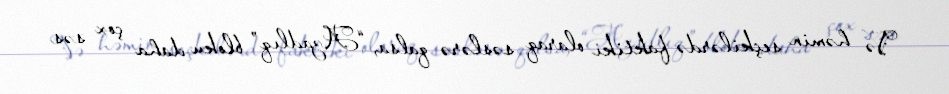
Və həmin seçkilərdə faktiki olaraq səslərə qalsa, “Azadlıq” bloku daha çox səs